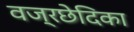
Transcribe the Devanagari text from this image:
वज्रछेदिका